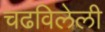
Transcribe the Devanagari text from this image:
चढविलेली